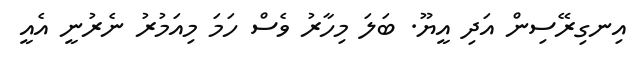
އިނގިރޭސިން އަދި އީޔޫ. ބަލަ މިހާރު ވެސް ހަމަ މިއަމުރު ނެރުނީ އެއީ